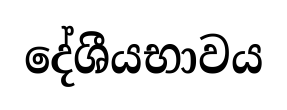
දේශීයභාවය